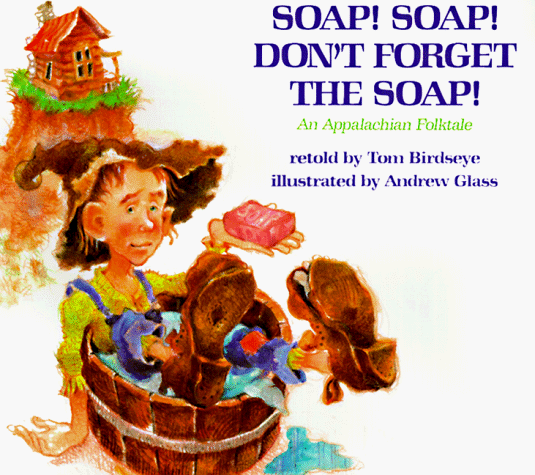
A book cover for Soap! Soap! Don't Forget the Soap!: An Appalachian Folktale; Children's Books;